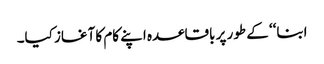
ابنا‘‘ کے طور پر باقاعدہ اپنے کام کا آغاز کیا۔